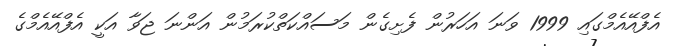
އެފްއޭއެމްގައި 1999 ވަނަ އަހަރުން ފެށިގެން މަސައްކަތްކުރަމުން އަންނަ ޖަވާ އަކީ އެފްއޭއެމްގެ